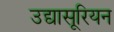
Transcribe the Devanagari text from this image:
उद्यासूरियन